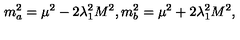
m _ { a } ^ { 2 } = \mu ^ { 2 } - 2 \lambda _ { 1 } ^ { 2 } M ^ { 2 } , m _ { b } ^ { 2 } = \mu ^ { 2 } + 2 \lambda _ { 1 } ^ { 2 } M ^ { 2 } ,